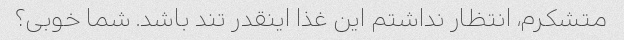
متشکرم، انتظار نداشتم این غذا اینقدر تند باشد. شما خوبی؟